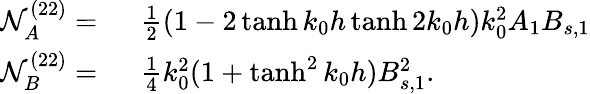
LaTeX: \begin{array}{rl}{\mathcal{N}_{A}^{(22)}=~}&{\frac{1}{2}\left(1-2\operatorname{tanh}k_{0}h\operatorname{tanh}2k_{0}h\right)k_{0}^{2}A_{1}B_{s,1}}\\ {\mathcal{N}_{B}^{(22)}=~}&{\frac{1}{4}k_{0}^{2}(1+\operatorname{tanh}^{2}k_{0}h)B_{s,1}^{2}.}\end{array}